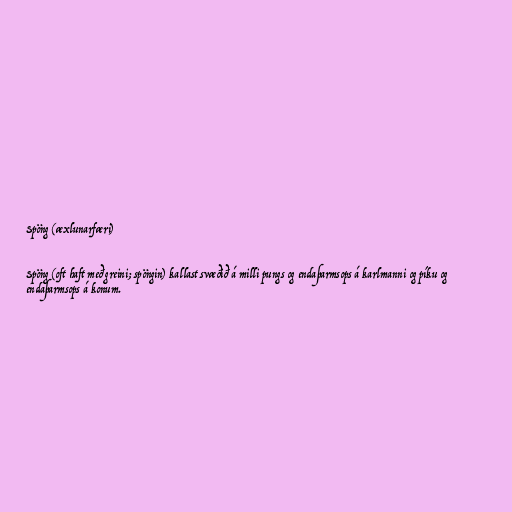
Spöng (æxlunarfæri)

Spöng (oft haft með greini; spöngin) kallast svæðið á milli pungs og endaþarmsops á karlmanni og píku og
endaþarmsops á konum.